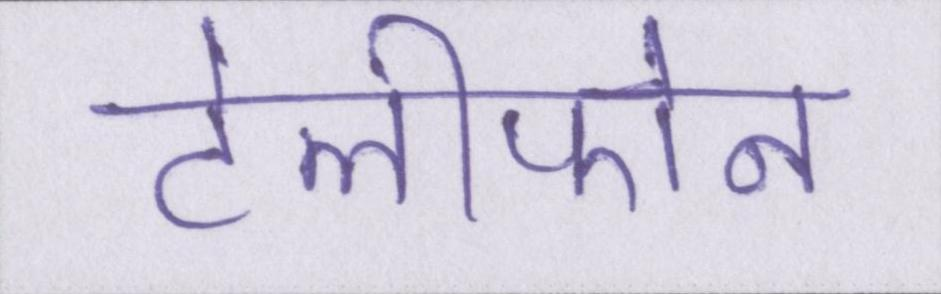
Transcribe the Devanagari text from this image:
टेलीफोन